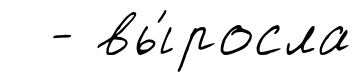
- вы́росла